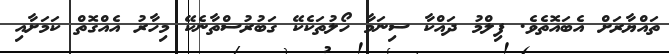
ތައްޔާރަށް އެބައޮތެވެ. ފިލްމު ދައްކާ ސިނަމާ ހޯލުތަކެކޭ ގަބުރުސްތާނެކޭ މިހާރު އެއްގޮތް ކަމަށާއި